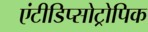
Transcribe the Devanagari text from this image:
एंटीडिप्सोट्रोपिक